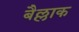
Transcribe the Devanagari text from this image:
बैल्लाक